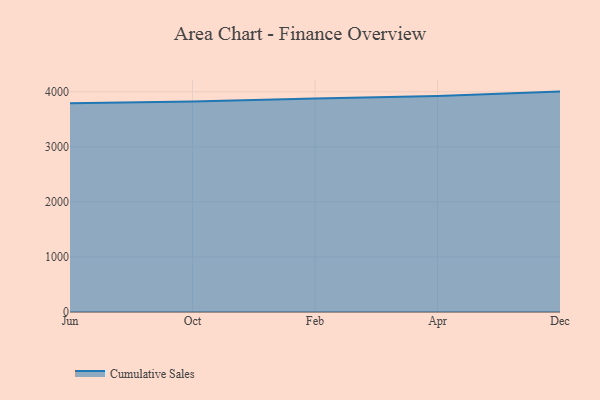
{"axis": {"x": "Month", "y": "Customer Acquisition Cost (USD)"}, "legend": ["Cumulative Sales"], "data": [{"x": "Jun", "y": 3793.5, "type": "Cumulative Sales"}, {"x": "Oct", "y": 3824.8, "type": "Cumulative Sales"}, {"x": "Feb", "y": 3878.3, "type": "Cumulative Sales"}, {"x": "Apr", "y": 3922.7, "type": "Cumulative Sales"}, {"x": "Dec", "y": 4003.3, "type": "Cumulative Sales"}]}